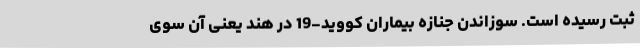
ثبت رسیده است. سوزاندن جنازه بیماران کووید-19 در هند یعنی آن سوی